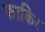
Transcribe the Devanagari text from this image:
फाकिर